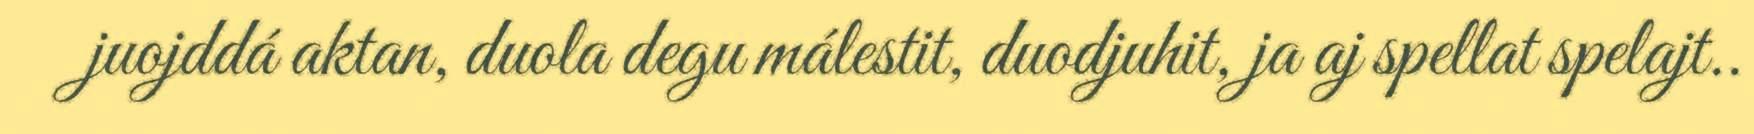
juojddá aktan, duola degu málestit, duodjuhit, ja aj spellat spelajt..